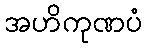
အဟိကုဏပံ